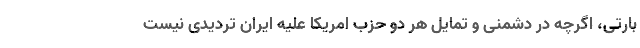
بارتی، اگرچه در دشمنی و تمایل هر دو حزب امریکا علیه ایران تردیدی نیست